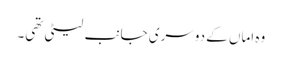
وہ اماں کے دوسری جانب لیٹی تھی۔